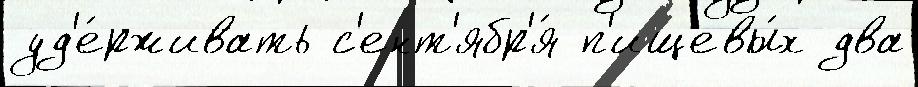
уд'е́рживать с'ент'ябр'я́ п'ищевы́х два